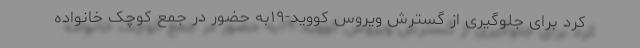
کرد برای جلوگیری از گسترش ویروس کووید-۱۹به حضور در جمع کوچک خانواده